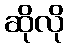
ဆိုလို